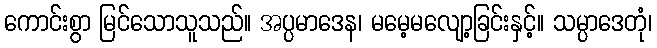
ကောင်းစွာ မြင်သောသူသည်။ အပ္ပမာဒေန၊ မမေ့မလျော့ခြင်းနှင့်။ သမ္ပာဒေတုံ၊